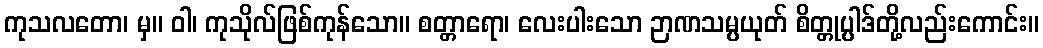
ကုသလတော၊ မှ။ ဝါ၊ ကုသိုလ်ဖြစ်ကုန်သော။ စတ္တာရော၊ လေးပါးသော ဉာဏသမ္ပယုတ် စိတ္တုပ္ပါဒ်တို့လည်းကောင်း။